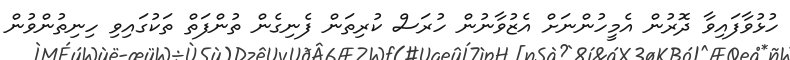
ހުޅުވާފައިވާ ދޮރުން އެމީހުންނަށް އެޒުވާނުން ހުރަސް ކުރިތަން ފެނިގެން ތުންފަތް ތަކުގައިވި ހިނިތުންވުން